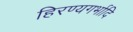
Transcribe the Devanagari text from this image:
हिरण्यगर्भादि